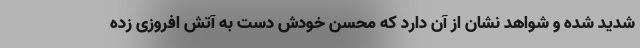
شدید شده و شواهد نشان از آن دارد که محسن خودش دست به آتش افروزی زده